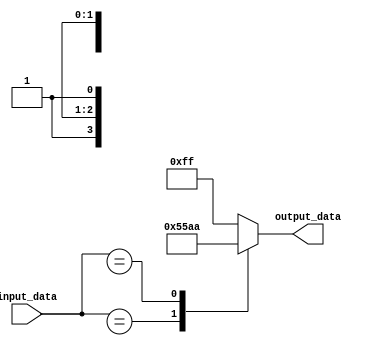
module behavioral_modeling_block(
    input wire [3:0] input_data,
    output reg [7:0] output_data
);

always @(input_data)
begin
    case(input_data)
        4'b1xx1: output_data = 8'b01010101; // don't care condition
        4'b0xxx: output_data = 8'b10101010; // don't care condition
        default: output_data = 8'b11111111; // default case
    endcase
end

endmodule